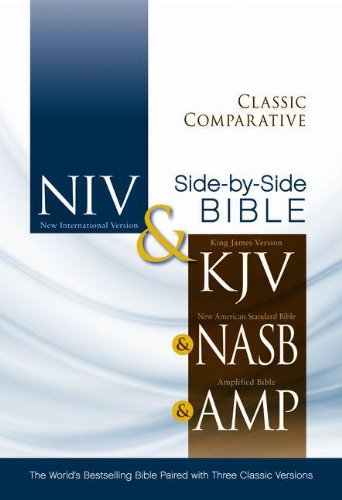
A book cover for Classic Comparative Parallel Bible: NIV and KJV and NASB and Amplified: The World's Bestselling Bible Paired with Three Classic Versions; Zondervan; Christian Books & Bibles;